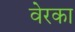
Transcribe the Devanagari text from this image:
वेरका